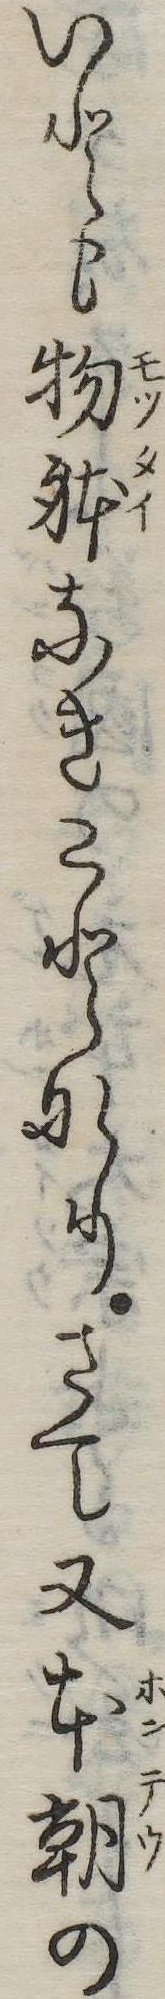
いとも物体なきことなりさて又本朝の